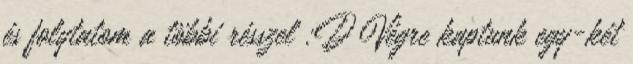
és folytatom a többi résszel :D Végre kaptunk egy-két